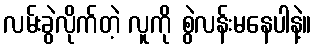
လမ်းခွဲလိုက်တဲ့ လူကို စွဲလန်းမနေပါနဲ့။